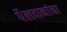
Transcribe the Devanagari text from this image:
पैलवानांना